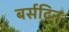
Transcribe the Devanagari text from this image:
बर्सटिन